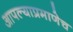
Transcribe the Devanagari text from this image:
आपल्याप्रमाणेच